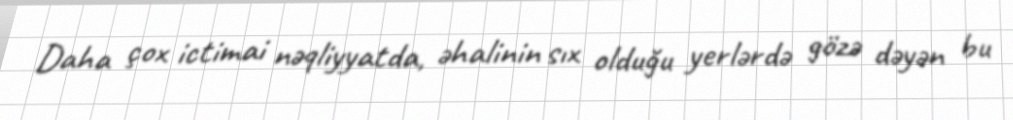
Daha çox ictimai nəqliyyatda, əhalinin sıx olduğu yerlərdə gözə dəyən bu